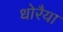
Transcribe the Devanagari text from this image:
धोरैया